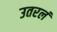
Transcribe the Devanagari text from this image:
उतरलं